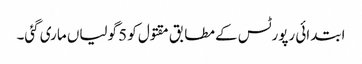
ابتدائی رپورٹس کے مطابق مقتول کو 5 گولیاں ماری گئی۔